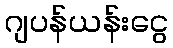
ဂျပန်ယန်းငွေ